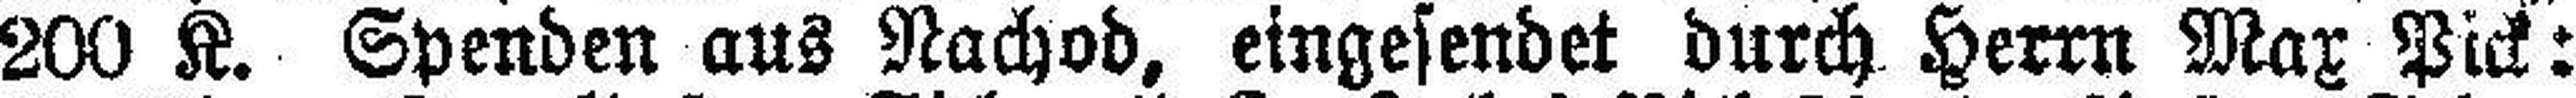
200 K. Spenden aus Nachod, eingesendet durch Herrn Max Pick: